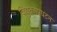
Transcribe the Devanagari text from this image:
विद्युतअपघटन